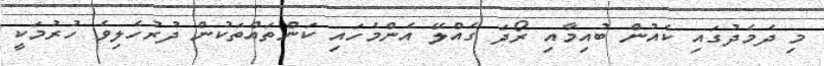
މި ދެމެދުގައި ކެއުން ބުއިމާއި ރޯދަ ގެއްލޭ އެންމެހައި ކަަންތައްތަކުން ދުރުހެލިވެ ހުރުމަކީ